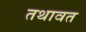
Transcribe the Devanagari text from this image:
तथावत